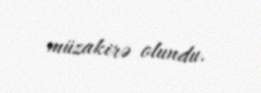
müzakirə olundu.